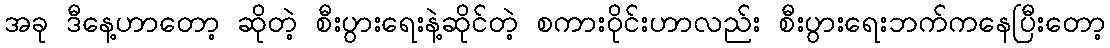
အခု ဒီနေ့ဟာတော့ ဆိုတဲ့ စီးပွားရေးနဲ့ဆိုင်တဲ့ စကားဝိုင်းဟာလည်း စီးပွားရေးဘက်ကနေပြီးတော့